Lunatic asylums Madras 1892-1911 - 1892-1911
Year: 1892
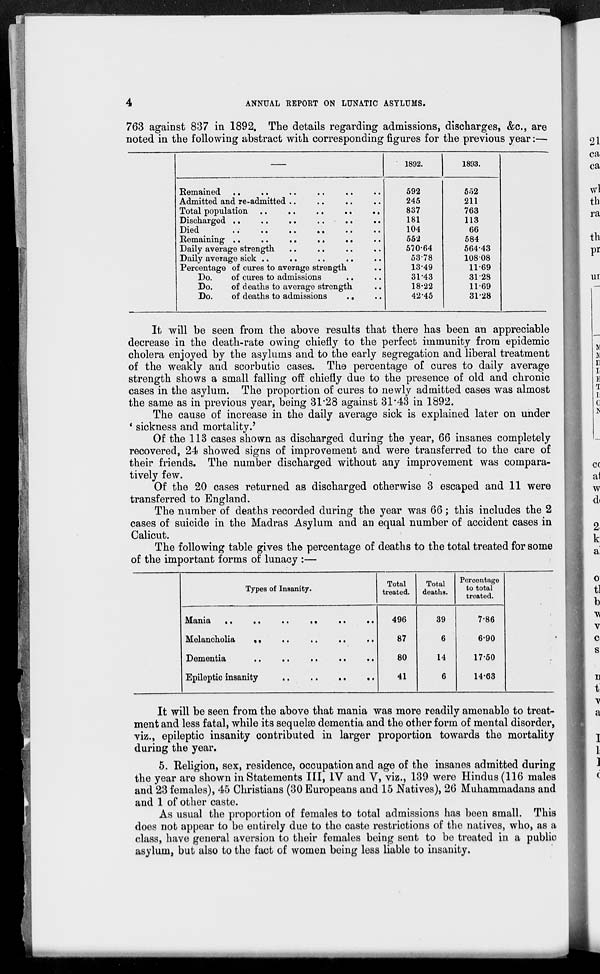
4
ANNUAL REPORT ON LUNATIC ASYLUMS.
763 against 837 in 1892. The details regarding admissions, discharges, &c., are
noted in the following abstract with corresponding figures for the previous year:—
Remained .. .. .. .. .. ..
Admitted and re-admitted .. .. .. ..
Total population .. .. .. .. ..
Discharged .. .. .. .. .. .. ..
Died .. .. .. .. .. ..
Remaining .. .. .. .. .. ..
Daily average strength .. .. .. ..
Daily average sick .. .. .. .. ..
Percentage of cures to average strength ..
Do.
of cures to admissions .. ..
Do.
of deaths to average strength ..
Do.
of deaths to admissions .. ..
1892.
592
245
837
181
104
552
570.64
53.78
13.49
31.43
18.22
42.5
1893.
552
211
763
113
66
584
564.3
108.08
11.9
3128
11.9
31.8
It will be seen from the above results that there has been an appreciable
decrease in the death-rate owing chiefly to the perfect immunity from epidemic
cholera enjoyed by the asylums and to the early segregation and liberal treatment
of the weakly and scorbutic cases. The percentage of cures to daily average
strength shows a small falling off chiefly due to the presence of old and chronic
cases in the asylum. The proportion of cures to newly admitted cases was almost
the same as in previous year, being 31.28 against 31.43 in 1892.
The cause of increase in the daily average sick is explained later on under
'sickness and mortality.'
Of the 113 cases shown as discharged during the year, 66 insanes completely
recovered, 24 showed signs of improvement and were transferred to the care of
their friends. The number discharged without any improvement was compara-
tively few.
Of the 20 cases returned as discharged otherwise 3 escaped and 11 were
transferred to England.
The number of deaths recorded during the year was 66; this includes the 2
cases of suicide in the Madras Asylum and an equal number of accident cases in
Calicut.
The following table gives the percentage of deaths to the total treated for some
of the important forms of lunacy :—
Types of Insanity.
Melancholia .. .. .. .. .. ..
Dementia
..
..
..
..
..
Epileptic insanity
..
..
..
..
Total
treated.
496
87
80
41
Total
deaths.
39
6
14
6
Percentage
to total
treated.
7.86
6.90
17.50
14.63
It will be seen from the above that mania was more readily amenable to treat-
ment and less fatal, while its sequolæ dementia and the other form of mental disorder,
viz., epileptic insanity contributed in larger proportion towards the mortality
during the year.
5. Religion, sex, residence, occupation and age of the insanes admitted during
the year are shown in Statements III, IV and V, viz., 139 were Hindus (116 males
and 23 females), 45 Christians (30 Europeans and 15 Natives), 26 Muhammadans and
and 1 of other caste.
As usual the proportion of females to total admissions has been small. This
does not appear to be entirely due to the caste restrictions of the natives, who, as a
class, have general aversion to their females being sent to be treated in a public
asylum, but also to the fact of women being less liable to insanity.